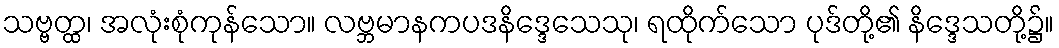
သဗ္ဗတ္ထ၊ အလုံးစုံကုန်သော။ လဗ္ဘမာနကပဒနိဒ္ဒေသေသု၊ ရထိုက်သော ပုဒ်တို့၏ နိဒ္ဒေသတို့၌။